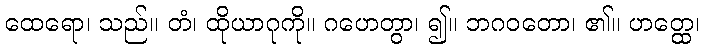
ထေရော၊ သည်။ တံ၊ ထိုယာဂုကို။ ဂဟေတွာ၊ ၍။ ဘဂဝတော၊ ၏။ ဟတ္ထေ၊